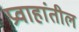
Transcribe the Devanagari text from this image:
प्रवाहांतील